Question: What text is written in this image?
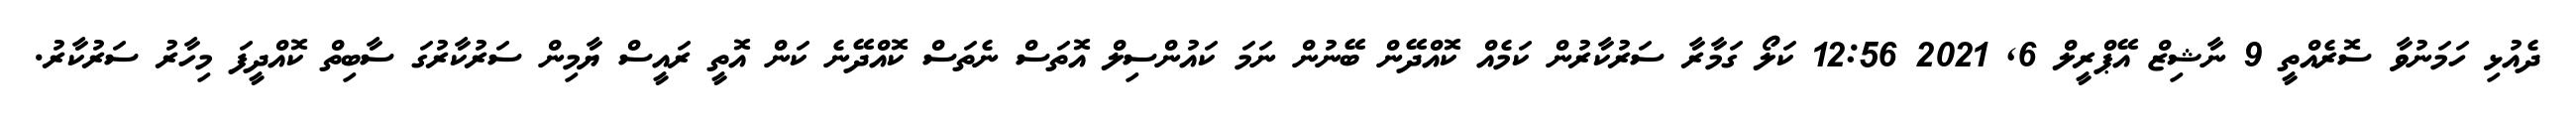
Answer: ދެއުޅި ހަމަނުވާ ސޮރެއްތީ 9 ނާޝިޒް އޭޕްރީލް 6, 2021 12:56 ކަލޯ ގަމާރާ ސަރުކާރުން ކަމެއް ކޮއްދޭން ބޭނުން ނަމަ ކައުންސިލް އޮތަސް ނެތަސް ކޮއްދޭނެ ކަން އޮތީ ރައީސް ޔާމިން ސަރުކާރުގަ ސާބިތް ކޮއްދީފަ މިހާރު ސަރުކާރު.